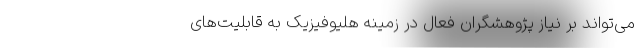
می‌تواند بر نیاز پژوهشگران فعال در زمینه هلیوفیزیک به قابلیت‌های